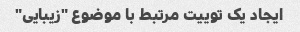
ایجاد یک توییت مرتبط با موضوع "زیبایی"